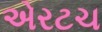
એરટચ